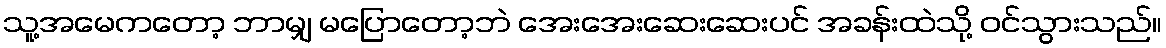
သူ့အမေကတော့ ဘာမျှ မပြောတော့ဘဲ အေးအေးဆေးဆေးပင် အခန်းထဲသို့ ဝင်သွားသည်။